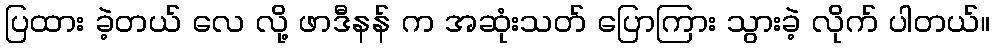
ပြထား ခဲ့တယ် လေ လို့ ဖာဒီနန် က အဆုံးသတ် ပြောကြား သွားခဲ့ လိုက် ပါတယ်။